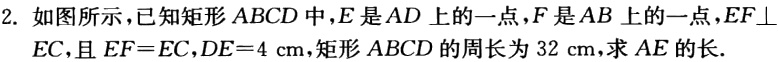
2. 如图所示，已知矩形 \(ABCD\) 中，\(E\) 是 \(AD\) 上的一点，\(F\) 是 \(AB\) 上的一点，\(EF\perp EC\)，且 \(EF = EC\)，\(DE = 4\mathrm{cm}\)，矩形 \(ABCD\) 的周长为 \(32\mathrm{cm}\)，求 \(AE\) 的长.